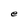
Character: e